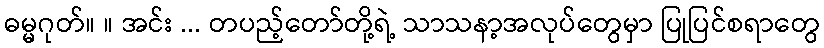
ဓမ္မဂုတ်။ ။ အင်း ... တပည့်တော်တို့ရဲ့ သာသနာ့အလုပ်တွေမှာ ပြုပြင်စရာတွေ